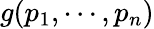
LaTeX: g(p_{1},\cdots,p_{n})